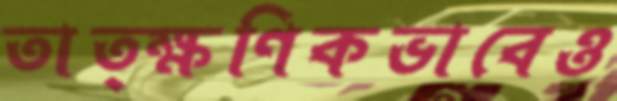
তাত্ক্ষণিকভাবেও